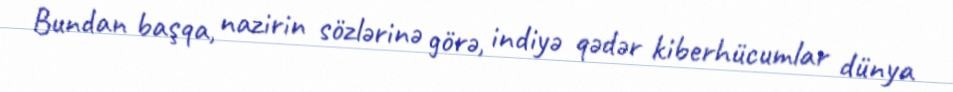
Bundan başqa, nazirin sözlərinə görə, indiyə qədər kiberhücumlar dünya